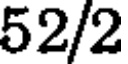
52/2